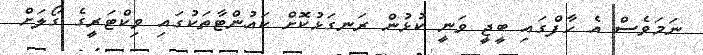
ނަމަވެސް އެ ހާފްގައި ބީޖީ ވަނީ ކުޅުން ރަނގަޅުކޮށް ކައުންޓާތަކުގައި ވިކްޓަރީގެ ގޯލަށް